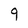
Character: q